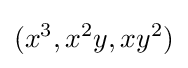
(x^{3},x^{2}y,xy^{2})